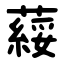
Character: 䕑